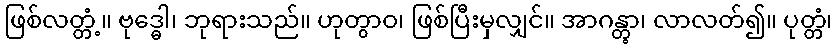
ဖြစ်လတ္တံ့။ ဗုဒ္ဓေါ၊ ဘုရားသည်။ ဟုတွာဝ၊ ဖြစ်ပြီးမှလျှင်။ အာဂန္တွာ၊ လာလတ်၍။ ပုတ္တံ၊